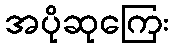
အပိုဆုကြေး